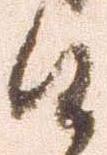
候